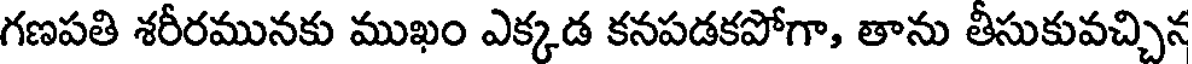
గణపతి శరీరమునకు ముఖం ఎక్కడ కనపడకపోగా, తాను తీసుకువచ్చిన